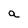
Character: a